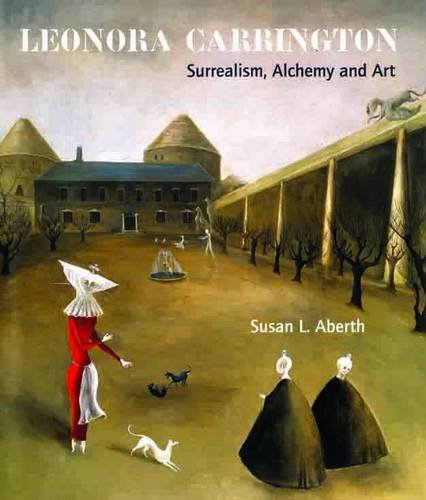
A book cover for Leonora Carrington; Susan L. Aberth; Arts & Photography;